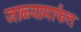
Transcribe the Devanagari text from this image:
जाळ्यामार्फत